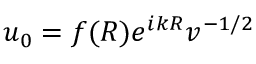
u _ { 0 } = f ( R ) e ^ { i k R } v ^ { - 1 / 2 }